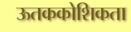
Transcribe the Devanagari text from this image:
ऊतककोशिकता